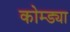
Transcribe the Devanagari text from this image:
कोम्ड्या